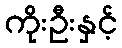
ကိုးဦးနှင့်